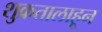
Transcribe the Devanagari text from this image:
शुक्रतालाहून